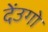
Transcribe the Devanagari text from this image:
देंउगो